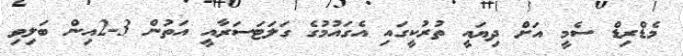
މެޑްރިޑް ސެމީ އަށް ދިޔައީ ތުރުކީގައި އެގައުމުގެ ގަލަޓަސަރާއީ އަތުން 3-2އިން ބަލިވި